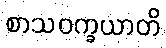
စာသဝက္ခယာတိ